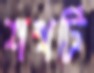
শখটি